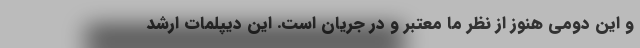
و این دومی هنوز از نظر ما معتبر و در جریان است. این دیپلمات ارشد